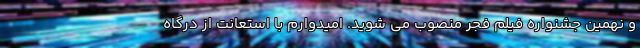
و نهمین جشنواره فیلم فجر منصوب می شوید. امیدوارم با استعانت از درگاه